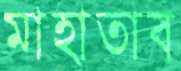
মাহাতাব